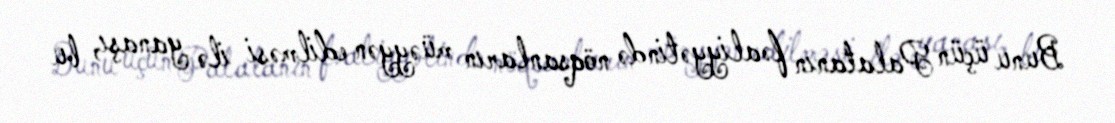
Bunu üçün Palatanın fəaliyyətində nöqsanların müəyyən edilməsi ilə yanaşı, bu